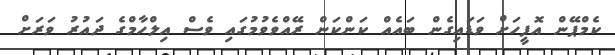
ކެމްޕޭން އޮފީހަށް ވަޑައިގެން ބައެއް ކަންކަން ރޭއްވެވުމުގައި ވެސް އިލްހާމްގެ ދައުރު ވަރަށް